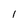
Character: l